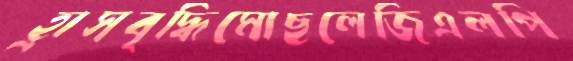
হ্রাসবৃদ্ধিমোছলেজিএলপি